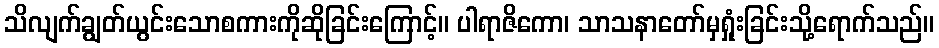
သိလျက်ချွတ်ယွင်းသောစကားကိုဆိုခြင်းကြောင့်။ ပါရာဇိကော၊ သာသနာတော်မှရှုံးခြင်းသို့ရောက်သည်။